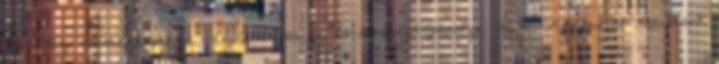
Pécs Az atomenergetika gazdaságossága és versenyképessége. MTA Regionális Kutatások